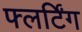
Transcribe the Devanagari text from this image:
फ्लर्टिंग